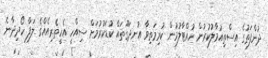
ދުންފަތުގެ އިސްތިއުމާލުކުރުން ހުއްޓާލުމުން ކުރިމަތިވާ އުނދަގޫތައް ކުޑަކުރުމަށް ސިއްހީ އެހީތެރިއެއްގެ ލަފާ ހޯދިދާނެ